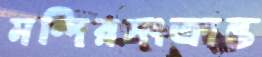
মন্দিরসংক্রান্ত